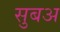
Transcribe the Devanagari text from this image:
सुबअ